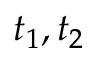
t _ { 1 } , t _ { 2 }